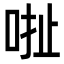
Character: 𠳏